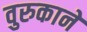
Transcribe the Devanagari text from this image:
वुरुकाने